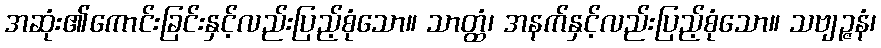
အဆုံး၏ကောင်းခြင်းနှင့်လည်းပြည့်စုံသော။ သာတ္ထံ၊ အနက်နှင့်လည်းပြည့်စုံသော။ သဗျဉ္ဇနံ၊